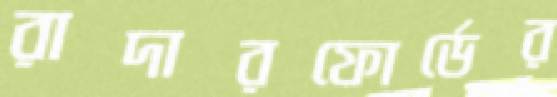
রাদারফোর্ডের